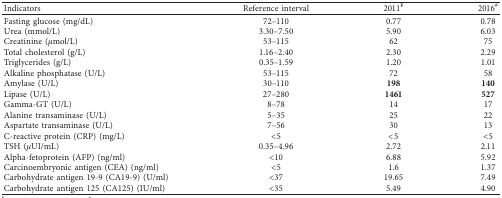
| Indicators | Reference interval | 2011¥ | 2016# |
 | --- | --- | --- | --- |
 | Fasting glucose (mg/dL) | 72–110 | 0.77 | 0.78 |
 | Urea (mmol/L) | 3.30–7.50 | 5.90 | 6.03 |
 | Creatinine (μmol/L) | 53–115 | 62 | 75 |
 | Total cholesterol (g/L) | 1.16–2.40 | 2.30 | 2.29 |
 | Triglycerides (g/L) | 0.35–1.59 | 1.20 | 1.01 |
 | Alkaline phosphatase (U/L) | 53–115 | 72 | 58 |
 | Amylase (U/L) | 30–110 | 198 | 140 |
 | Lipase (U/L) | 27–280 | 1461 | 527 |
 | Gamma-GT (U/L) | 8–78 | 14 | 17 |
 | Alanine transaminase (U/L) | 5–35 | 25 | 22 |
 | Aspartate transaminase (U/L) | 7–56 | 30 | 13 |
 | C-reactive protein (CRP) (mg/L) | <5 | <5 | <5 |
 | TSH (μUI/mL) | 0.35–4.96 | 2.72 | 2.11 |
 | Alpha-fetoprotein (AFP) (ng/ml) | <10 | 6.88 | 5.92 |
 | Carcinoembryonic antigen (CEA) (ng/ml) | <5 | 1.6 | 1.37 |
 | Carbohydrate antigen 19-9 (CA19-9) (U/ml) | <37 | 19.65 | 7.49 |
 | Carbohydrate antigen 125 (CA125) (IU/ml) | <35 | 5.49 | 4.90 |